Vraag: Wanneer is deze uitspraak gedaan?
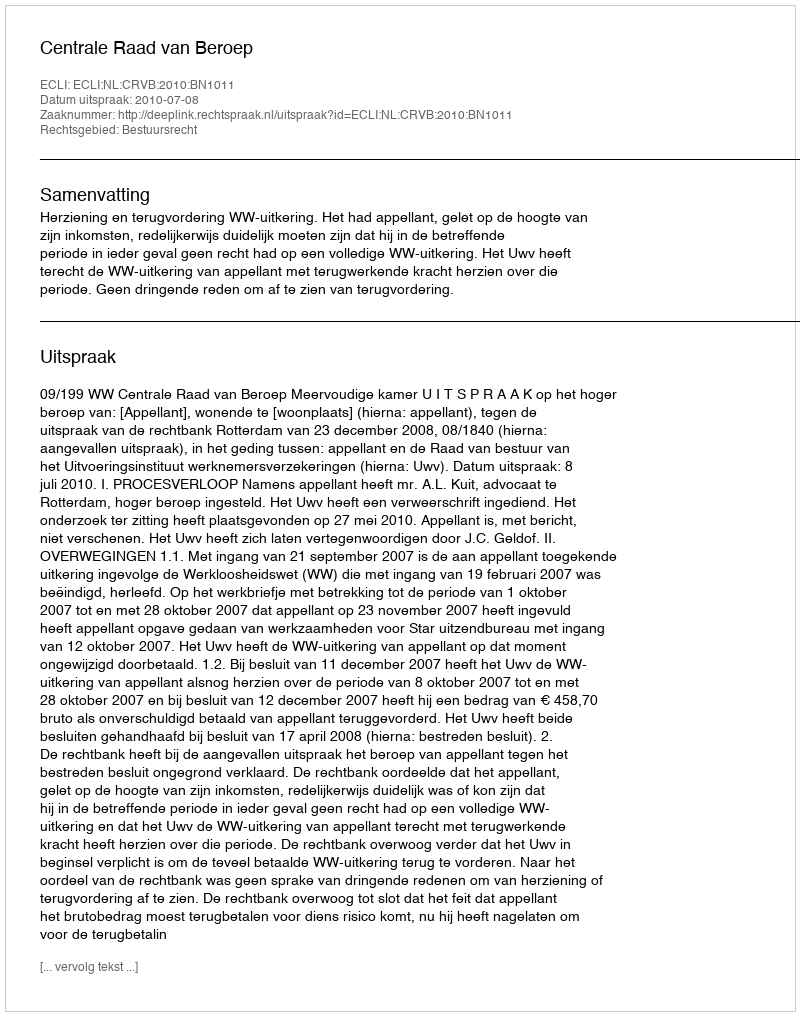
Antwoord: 2010-07-08